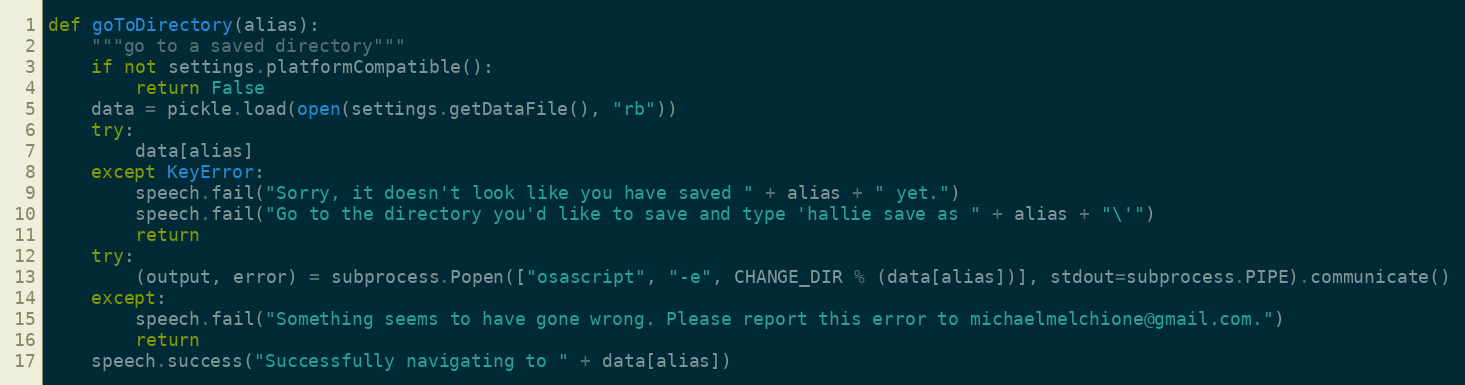
Language: Python
def goToDirectory(alias):
	"""go to a saved directory"""
	if not settings.platformCompatible():
		return False
	data = pickle.load(open(settings.getDataFile(), "rb"))
	try:
		data[alias]
	except KeyError:
		speech.fail("Sorry, it doesn't look like you have saved " + alias + " yet.")
		speech.fail("Go to the directory you'd like to save and type 'hallie save as " + alias + "\'")
		return
	try:
		(output, error) = subprocess.Popen(["osascript", "-e", CHANGE_DIR % (data[alias])], stdout=subprocess.PIPE).communicate()
	except:
		speech.fail("Something seems to have gone wrong. Please report this error to michaelmelchione@gmail.com.")
		return
	speech.success("Successfully navigating to " + data[alias])